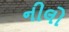
નીલો